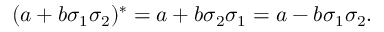
( a + b \sigma _ { 1 } \sigma _ { 2 } ) ^ { * } = a + b \sigma _ { 2 } \sigma _ { 1 } = a - b \sigma _ { 1 } \sigma _ { 2 } .